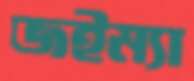
জইম্যা